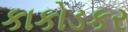
કાકોડકર